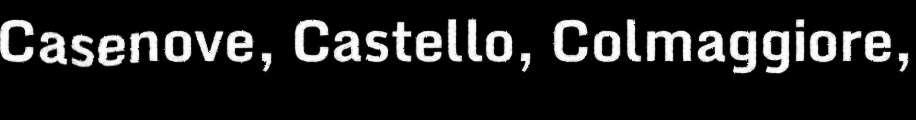
Casenove, Castello, Colmaggiore,